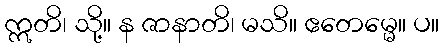
ဣတိ၊ သို့။ န ဇာနာတိ၊ မသိ။ ဧတေမ္မေ။ ပ။